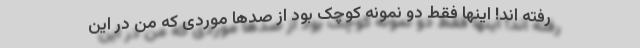
رفته اند!‌ اینها فقط دو نمونه کوچک بود از صدها موردی که من در این